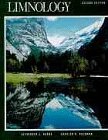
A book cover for Limnology; Alexander Horne; Science & Math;